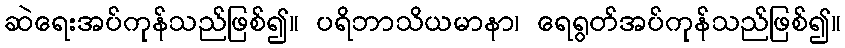
ဆဲရေးအပ်ကုန်သည်ဖြစ်၍။ ပရိဘာသိယမာနာ၊ ရေရွတ်အပ်ကုန်သည်ဖြစ်၍။